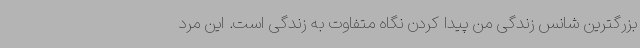
بزرگترین شانس زندگی من پیدا کردن نگاه متفاوت به زندگی است. این مرد